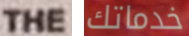
THE خدماتك